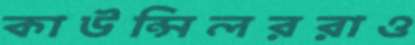
কাউন্সিলররাও